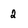
Character: 2